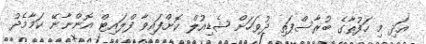
އަދި މި ހަފުތާގެ ބުރާސްފަތި ދުވަހަށް ޝެޑިއުލް ކޮށްފައިވާ ފްލައިޓް އޮންނާނޭ ކަަމާމެދު